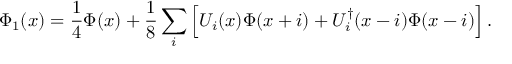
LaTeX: \Phi _ { 1 } ( x ) = \frac { 1 } { 4 } \Phi ( x ) + \frac { 1 } { 8 } \sum _ { i } \Big [ U _ { i } ( x ) \Phi ( x + i ) + U _ { i } ^ { \dagger } ( x - i ) \Phi ( x - i ) \Big ] \, .